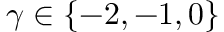
\gamma \in \{ - 2 , - 1 , 0 \}